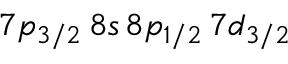
7 p _ { 3 / 2 } \, 8 s \, 8 p _ { 1 / 2 } \, 7 d _ { 3 / 2 }